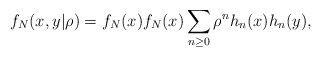
\begin{align*}f_{N}(x,y|\rho )=f_{N}(x)f_{N}(x)\sum_{n\geq 0}\rho ^{n}h_{n}(x)h_{n}(y),\end{align*}